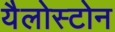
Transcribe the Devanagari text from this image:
यैलोस्टोन